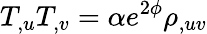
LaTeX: T_{,u}T_{,v}=\alpha e^{2\phi}\rho_{,uv}